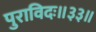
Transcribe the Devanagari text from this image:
पुराविदः॥३३॥